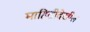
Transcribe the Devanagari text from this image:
माहितीदेखील